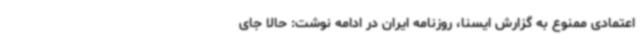
اعتمادی ممنوع به گزارش ایسنا، روزنامه ایران در ادامه نوشت: حالا جای